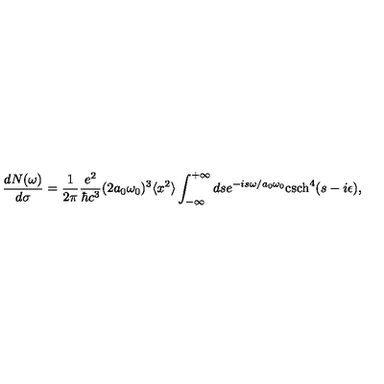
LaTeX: \frac { d N ( \omega ) } { d \sigma } = \frac { 1 } { 2 \pi } \frac { e ^ { 2 } } { \hbar c ^ { 3 } } ( 2 a _ { 0 } \omega _ { 0 } ) ^ { 3 } \langle x ^ { 2 } \rangle \int _ { - \infty } ^ { + \infty } d s e ^ { - i s \omega / a _ { 0 } \omega _ { 0 } } \mathrm { c s c h } ^ { 4 } ( s - i \epsilon ) ,